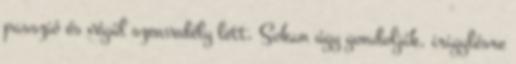
passzió és végül szenvedély lett. Sokan úgy gondolják, irigylésre